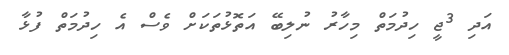
އަދި 3ޖީ ހިދުމަތް މިހާރު ނުލިބޭ އަތޮޅުތަކަށް ވެސް އެ ހިދުމަތް ފުޅާ